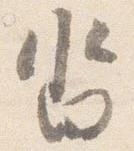
沓